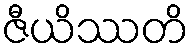
ဇီယိဿတိ